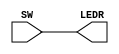
module Lab1Part1(SW, LEDR);
input [9:0] SW; // Slide Switches
output [9:0] LEDR; // Red LEDs
assign LEDR = SW;
endmodule